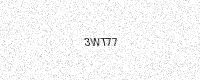
Text: 3WT77